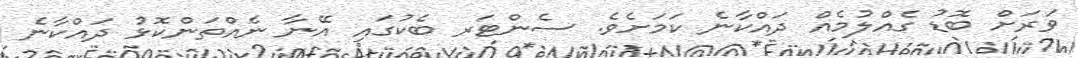
ވަރަށް ބޮޑު ގެއްލުމެއް ދައްކާނެ ކަމަށެވެ. ސެންޓަރ ބެކުގައި އޭނާ ނެއްތަންކޮޅު ދައްކާނެ